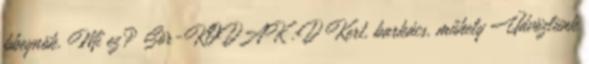
bbeynök. Mi ez? Sör-KODAK :D Kert, barkács, műhely Üdvözlünk